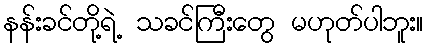
နန်းခင်တို့ရဲ့ သခင်ကြီးတွေ မဟုတ်ပါဘူး။